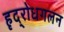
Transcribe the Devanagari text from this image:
हृद्‌रोधगलन